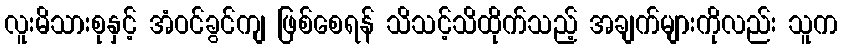
လူးမိသားစုနှင့် အံဝင်ခွင်ကျ ဖြစ်စေရန် သိသင့်သိထိုက်သည့် အချက်များကိုလည်း သူက